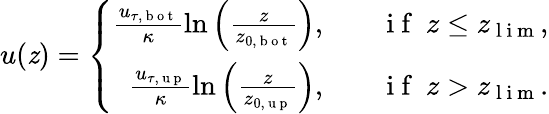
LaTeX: u(\mathit{z})=\left\{ \begin{array}{rlr}{\frac{u_{\tau,\mathrm{~b~o~t~}}}{\kappa}\ln\left(\frac{z}{z_{0,\mathrm{~b~o~t~}}}\right),}&{{}}&{\mathrm{~i~f~}\ z\leq z_{\mathrm{~l~i~m~}},}\\ {\frac{u_{\tau,\mathrm{~u~p~}}}{\kappa}\ln\left(\frac{z}{z_{0,\mathrm{~u~p~}}}\right),}&{{}}&{\mathrm{~i~f~}\ z>z_{\mathrm{~l~i~m~}}.}\end{array}\right.